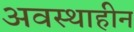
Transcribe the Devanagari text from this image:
अवस्थाहीन